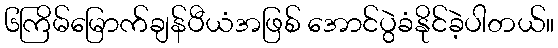
၆ကြိမ်မြောက်ချန်ပီယံအဖြစ် အောင်ပွဲခံနိုင်ခဲ့ပါတယ်။